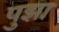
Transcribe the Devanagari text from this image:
पुझा